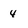
Character: 4